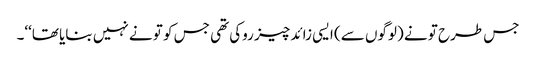
جس طرح تو نے (لوگوں سے) ایسی زائد چیز روکی تھی جس کو تو نے نہیں بنایا تھا‘‘۔